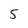
Character: 5